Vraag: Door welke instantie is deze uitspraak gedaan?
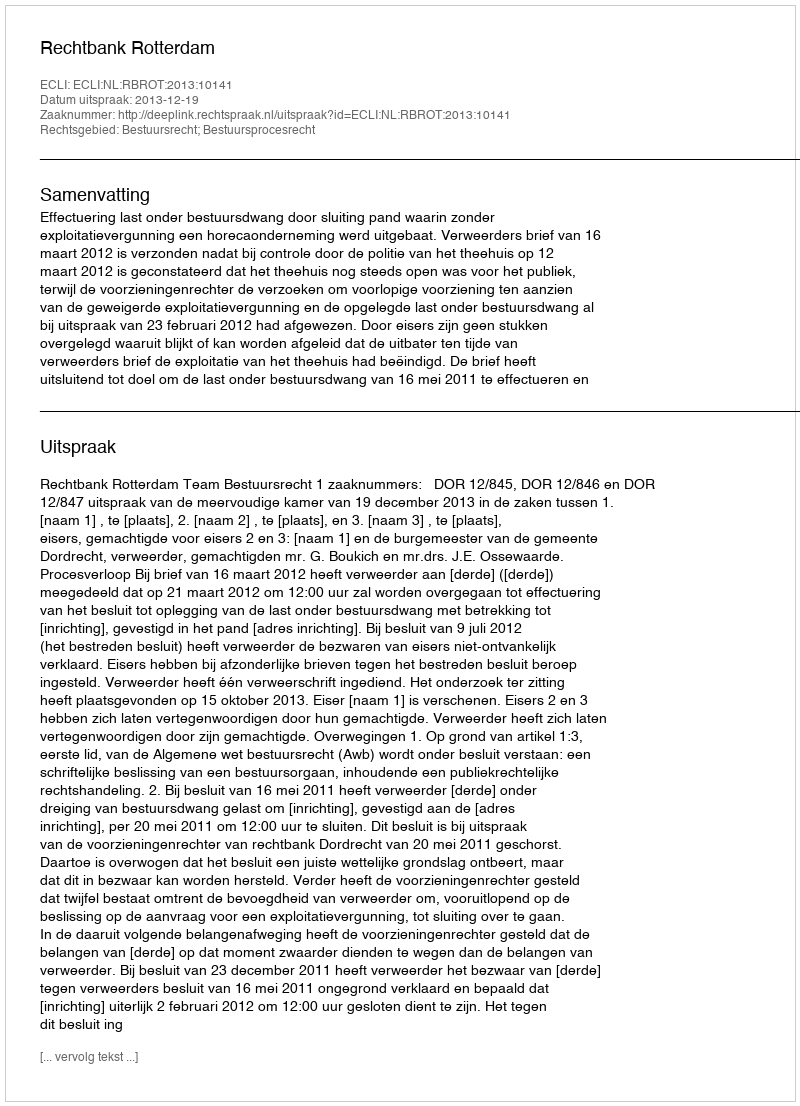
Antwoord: Rechtbank Rotterdam